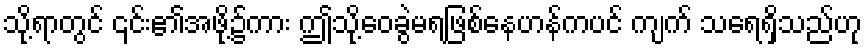
သို့ရာတွင် ၎င်း၏အဖို့၌ကား ဤသို့ဝေခွဲမရဖြစ်နေဟန်ကပင် ကျက် သရေရှိသည်ဟု